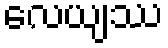
လေယျဿ